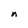
Character: n